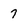
Character: 7